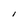
Character: l